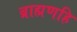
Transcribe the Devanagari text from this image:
ब्राह्मणहि